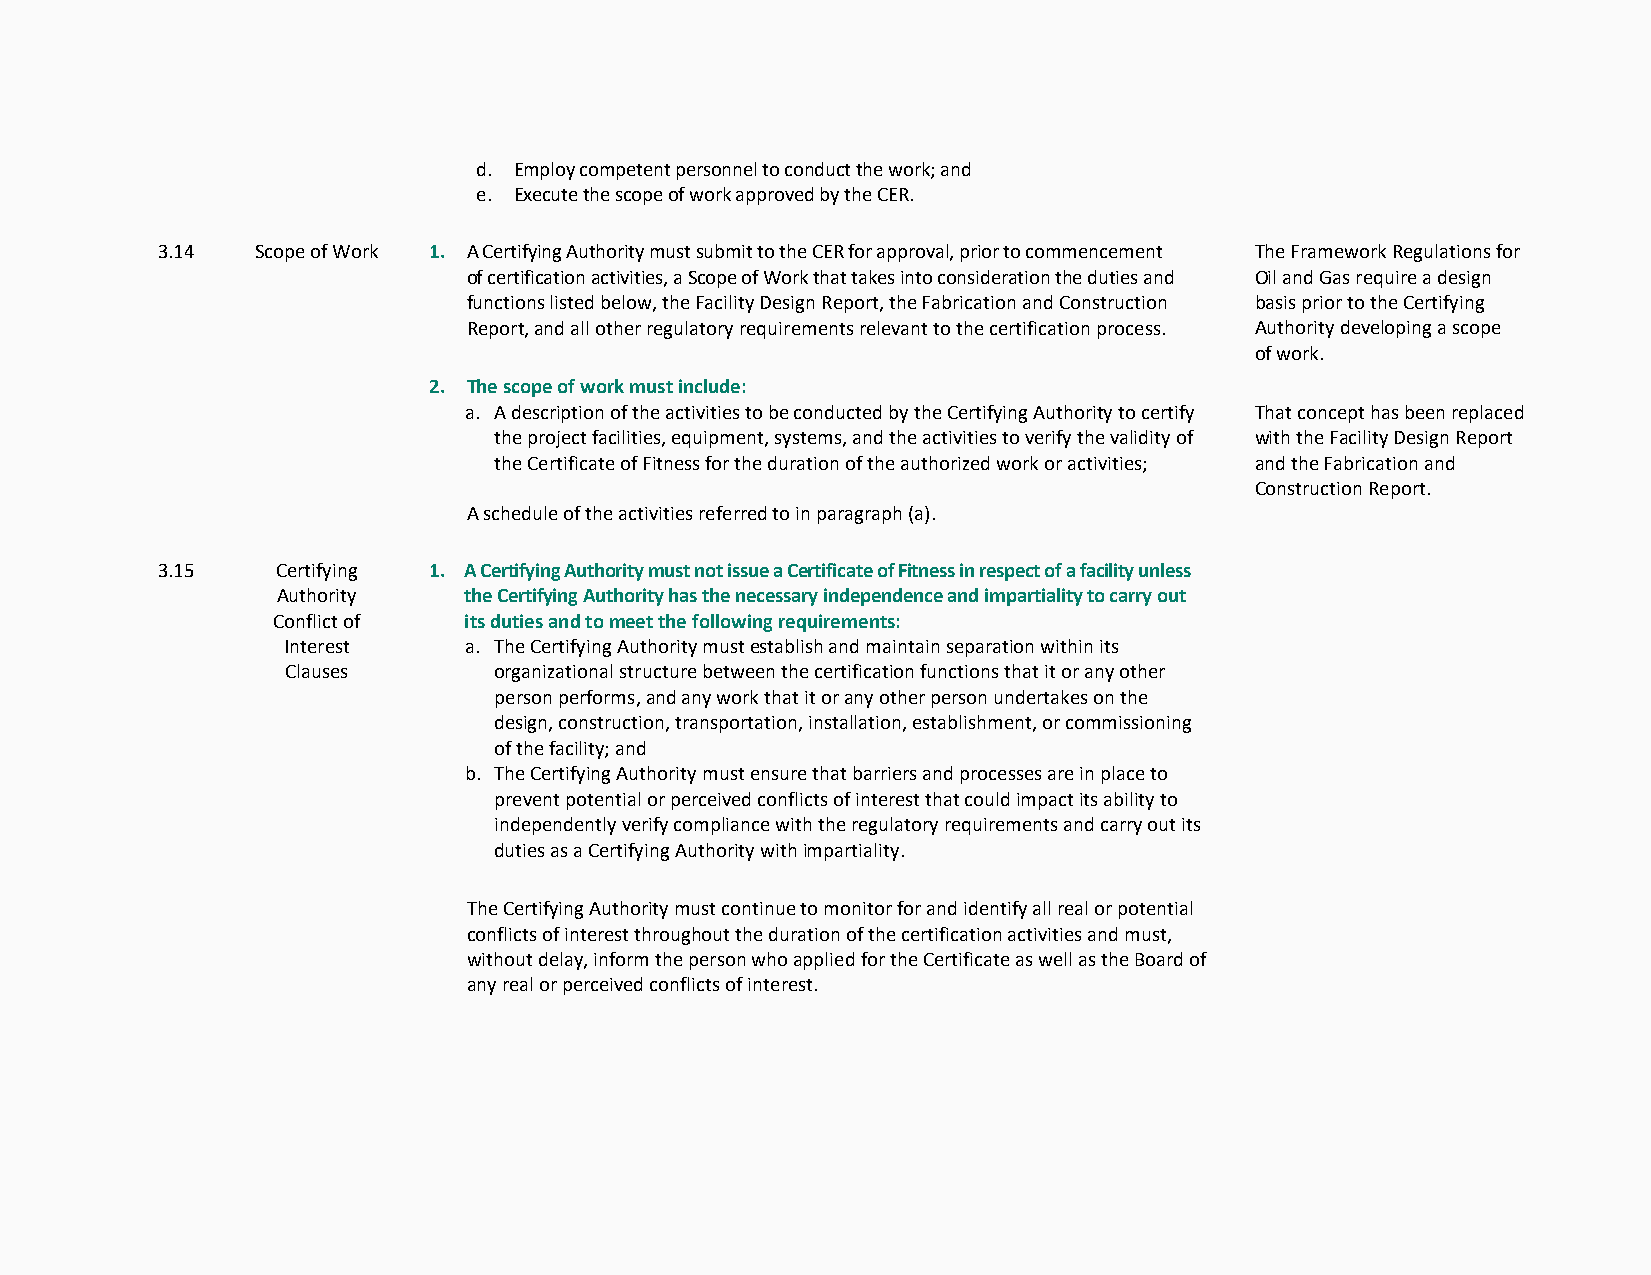
d. Employ competent personnel to conduct the work; and
 e. Execute the scope of work approved by the CER.
 3.14   Scope of Work 1. A Certifying Authority must submit to the CER for approval, prior to commencement The Framework Regulations for
 of certification activities, a Scope of Work that takes into consideration the duties and Oil and Gas require a design
 functions listed below, the Facility Design Report, the Fabrication and Construction basis prior to the Certifying
 Report, and all other regulatory requirements relevant to the certification process. Authority developing a scope
 of work.
 2. The scope of work must include:
 a. A description of the activities to be conducted by the Certifying Authority to certify That concept has been replaced
 the project facilities, equipment, systems, and the activities to verify the validity of with the Facility Design Report
 the Certificate of Fitness for the duration of the authorized work or activities; and the Fabrication and
 Construction Report.
 A schedule of the activities referred to in paragraph (a).
 3.15    Certifying 1. A Certifying Authority must not issue a Certificate of Fitness in respect of a facility unless
 Authority    the Certifying Authority has the necessary independence and impartiality to carry out
 Conflict of  its duties and to meet the following requirements:
 Interest    a. The Certifying Authority must establish and maintain separation within its
 Clauses       organizational structure between the certification functions that it or any other
 person performs, and any work that it or any other person undertakes on the
 design, construction, transportation, installation, establishment, or commissioning
 of the facility; and
 b. The Certifying Authority must ensure that barriers and processes are in place to
 prevent potential or perceived conflicts of interest that could impact its ability to
 independently verify compliance with the regulatory requirements and carry out its
 duties as a Certifying Authority with impartiality.
 The Certifying Authority must continue to monitor for and identify all real or potential
 conflicts of interest throughout the duration of the certification activities and must,
 without delay, inform the person who applied for the Certificate as well as the Board of
 any real or perceived conflicts of interest.